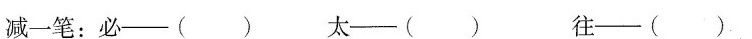
减一笔：必——( ) 太——( ) 往——( )